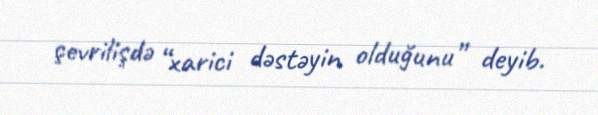
çevrilişdə “xarici dəstəyin olduğunu” deyib.